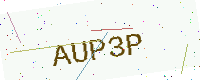
Text: AUP3P